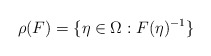
\begin{align*}\rho(F) = \{\eta \in \Omega: F(\eta)^{-1} \}\end{align*}